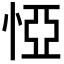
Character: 𢛟